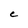
Character: C